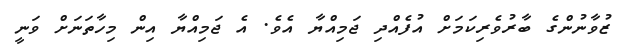
ޒުވާނުންގެ ބާރުވެރިކަމަށް އުފެއްދި ޖަމިއްޔާ އެވެ. އެ ޖަމިއްޔާ އިން މިހާތަނަށް ވަނީ